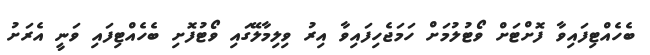
ބެހެއްޓިފައިވާ ފޮށްޓަށް ވޯޓުލުމަށް ހަމަޖެހިފައިވާ އިރު ވިލިމާލޭގައި ވޯޓުފޮށި ބެހެއްޓިފައި ވަނީ އެރަށު